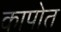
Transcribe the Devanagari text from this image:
कापोत